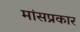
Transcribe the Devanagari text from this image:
मांसप्रकार